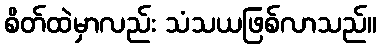
စိတ်ထဲမှာလည်း သံသယဖြစ်လာသည်။